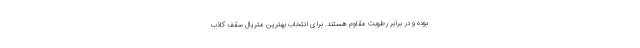
بوده و در برابر رطوبت مقاوم هستند. برای انتخاب بهترین متریال سقف کاذب